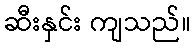
ဆီးနှင်း ကျသည်။